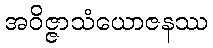
အဝိဇ္ဇာသံယောဇနဿ